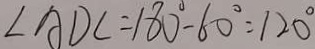
\angle A D C = 1 8 0 ^ { \circ } - 6 0 ^ { \circ } = 1 2 0 ^ { \circ }